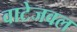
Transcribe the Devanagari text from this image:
वाटेजवल